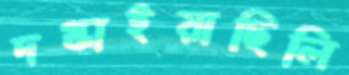
দগ্ধাইয়াছিলি